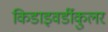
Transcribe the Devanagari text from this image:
किडाइवर्डीकुलर